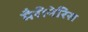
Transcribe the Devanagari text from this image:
मैरीनेरिस